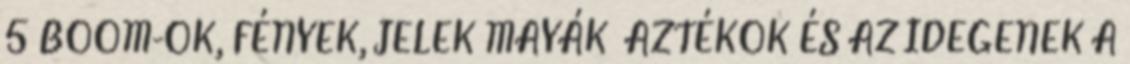
5 BOOM-OK, FÉNYEK, JELEK MAYÁK AZTÉKOK ÉS AZ IDEGENEK A